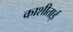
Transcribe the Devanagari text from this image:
काशीताई